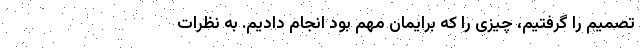
تصمیم را گرفتیم، چیزی را که برایمان مهم بود انجام دادیم. به نظرات